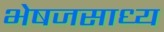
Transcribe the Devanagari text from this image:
भेषजसाध्य